Vabadussoja_Ajaloo_Komitee, lk 32
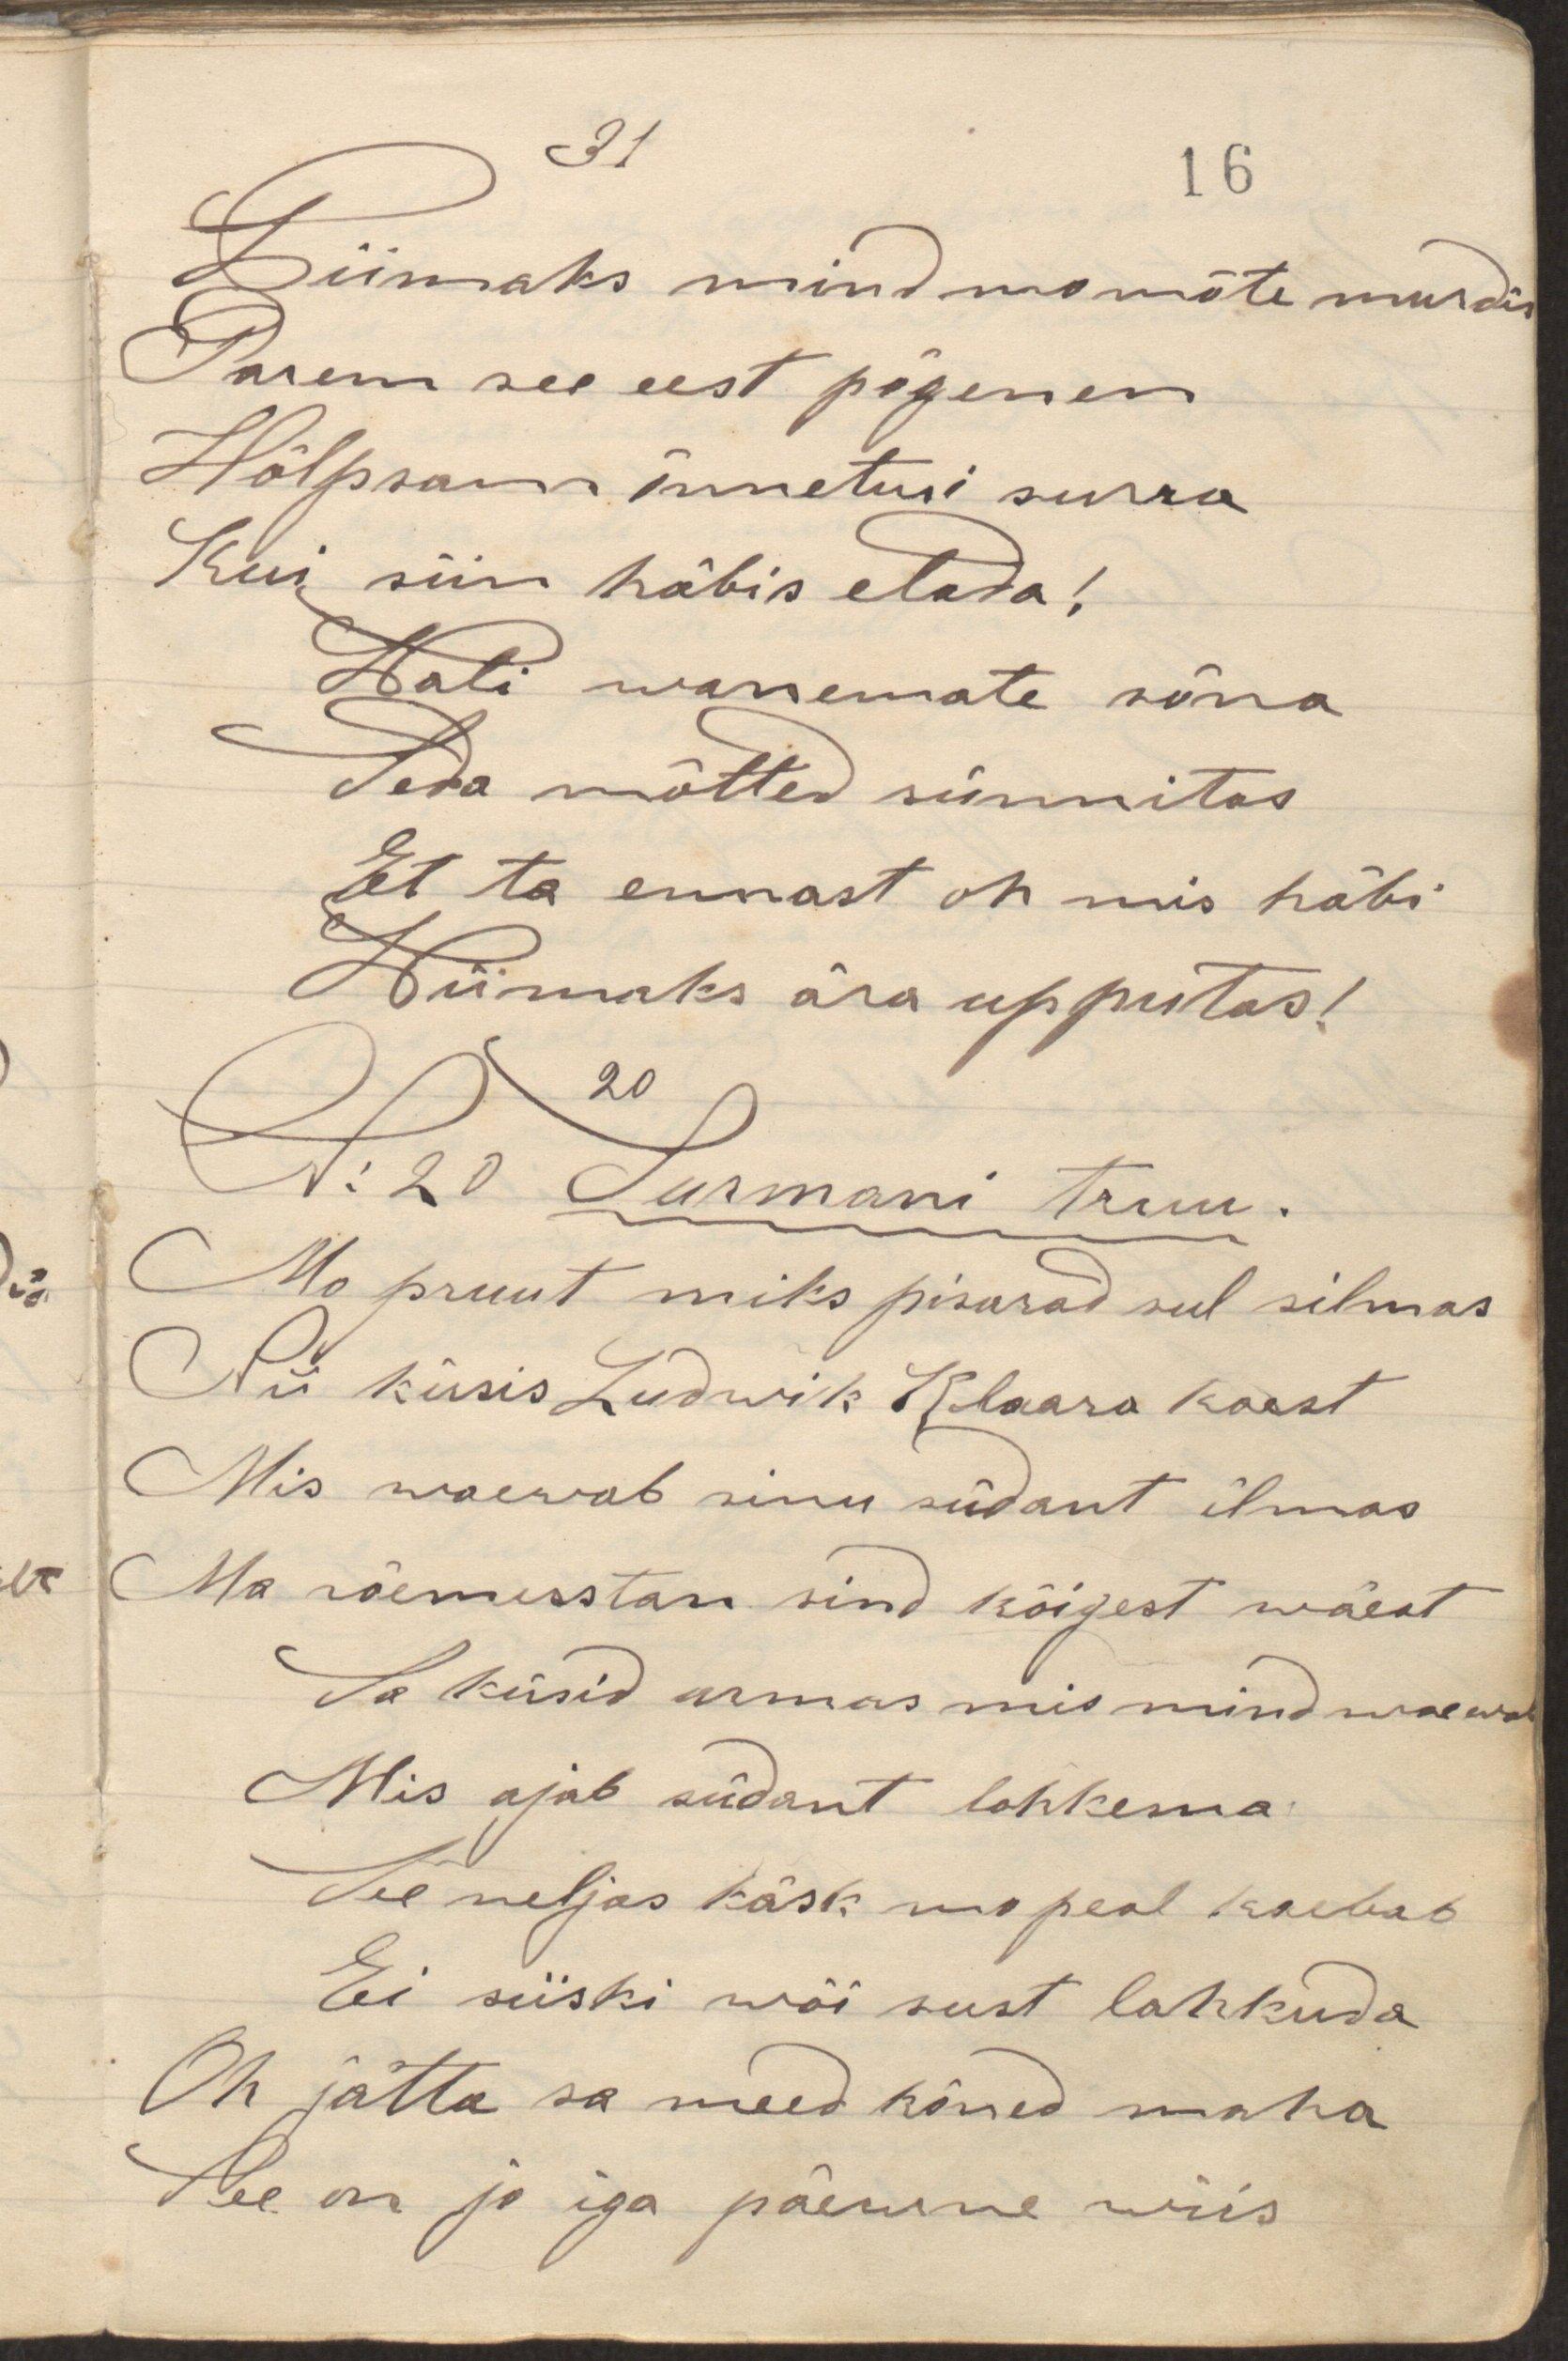
Wiimaks mind mu mõte murdis
Parem see eest põgenen
Hõlpsam õnnetusi surra
Kui siin häbis elada!
Wali wanemate sõna
Seda mõtted sünnitas
Et ta ennast oh mis häbi
Wiimaks ära upputas!
Mu pruut miks pisarad sul silmas
Nii küsis Ludwik Klaara käest
Mis waewab sinu südant ilmas
Ma rõemustan sind kõigest wäest
Sa küsid armas mis mind waewab
Mis ajab südant lohkema
See neljas käsk mu peal kaebab
Ei siiski wõi sust lahkuda
Oh jätta sa meed kõned maha
See on ju iga päewne wiis
N: 20 Surmani truu.